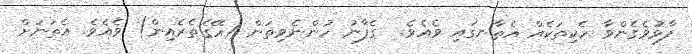
ފާޅުވެގެންވާ ހެކިތަކެއް އެތާނގައި ވެއެވެ.  ގެފާނު ހުންނެވިތަން (އޭގެތެރެއިން) ވެއެވެ. އެތަނަށް